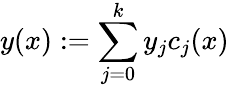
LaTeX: y(x):=\sum_{j=0}^{k}y_{j}c_{j}(x)